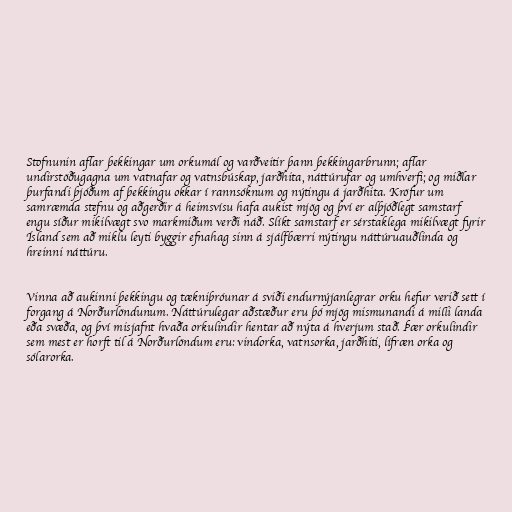
Stofnunin aflar þekkingar um orkumál og varðveitir þann þekkingarbrunn; aflar
undirstöðugagna um vatnafar og vatnsbúskap, jarðhita, náttúrufar og umhverfi; og miðlar
þurfandi þjóðum af þekkingu okkar í rannsóknum og nýtingu á jarðhita. Kröfur um
samræmda stefnu og aðgerðir á heimsvísu hafa aukist mjög og því er alþjóðlegt samstarf
engu síður mikilvægt svo markmiðum verði náð. Slíkt samstarf er sérstaklega mikilvægt fyrir
Ísland sem að miklu leyti byggir efnahag sinn á sjálfbærri nýtingu náttúruauðlinda og
hreinni náttúru.

Vinna að aukinni þekkingu og tækniþróunar á sviði endurnýjanlegrar orku hefur verið sett í
forgang á Norðurlöndunum. Náttúrulegar aðstæður eru þó mjög mismunandi á milli landa
eða svæða, og því misjafnt hvaða orkulindir hentar að nýta á hverjum stað. Þær orkulindir
sem mest er horft til á Norðurlöndum eru: vindorka, vatnsorka, jarðhiti, lífræn orka og
sólarorka.